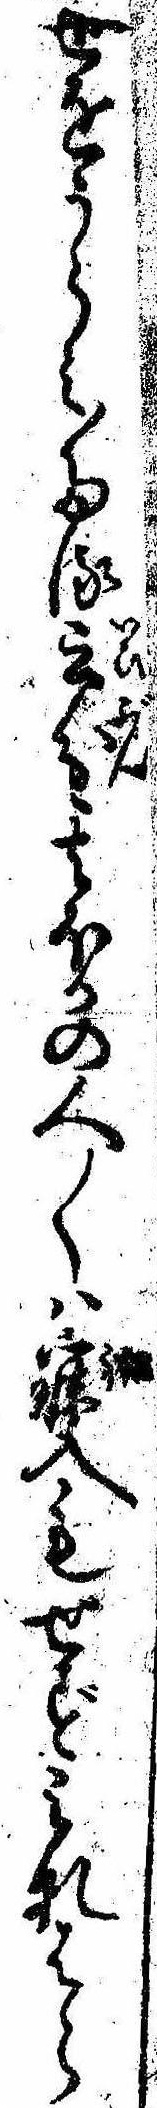
世をうらみたる云分其ほかの人〱は寐入もせずみなはら